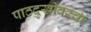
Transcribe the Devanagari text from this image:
पाठदुखीवरचा